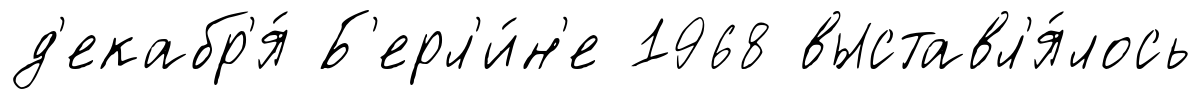
д'екабр'я́ Б'ерл'и́н'е 1968 выставл'я́лось